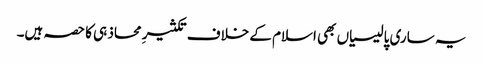
یہ ساری پالیسیاں بھی اسلام کے خلاف تکثیرِ محاذ ہی کا حصہ ہیں۔